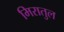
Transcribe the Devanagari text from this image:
मिरातुल